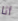
أنا